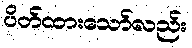
ပိတ်ထားသော်လည်း